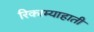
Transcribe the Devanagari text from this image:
रिकाम्याहाती